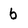
Character: 6